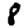
Digit: 8